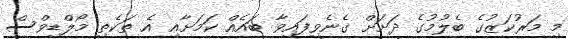
މި މަރުކަޒުގެ ބެލުމުގެ ދަށަށް ގެނެވިފައިވާ ބައެއް ކަމަށާއި އެ ތަކެތި މޯލްޑިވްސް